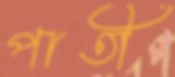
পাতী